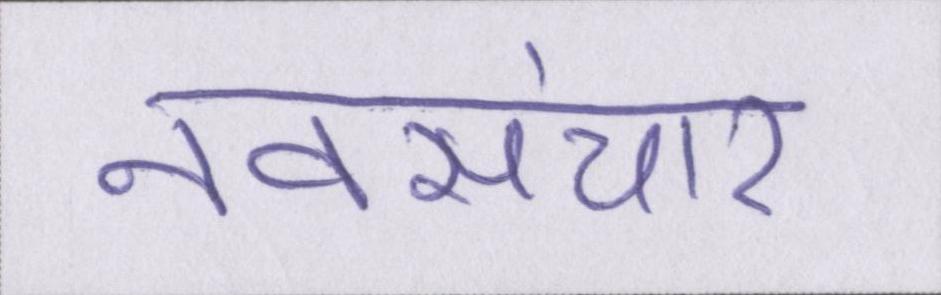
नवसंचार